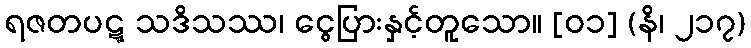
ရဇတပဋ္ဋ သဒိသဿ၊ ငွေပြားနှင့်တူသော။ [၀၁] (နိ၊ ၂၁၇)